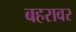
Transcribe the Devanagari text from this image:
बहरावर